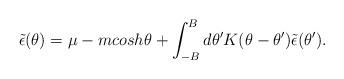
LaTeX: \begin{align*}\tilde{\epsilon}(\theta) = \mu - m cosh\theta + \int_{-B}^{B}d\theta^{\prime} K(\theta - \theta^{\prime})\tilde{\epsilon}(\theta^{\prime}).\end{align*}